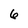
Character: 6